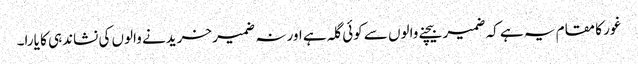
غور کا مقام یہ ہے کہ ضمیر بیچنے والوں سے کوئی گلہ ہے اور نہ ضمیر خریدنے والوں کی نشاندہی کا یارا۔